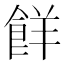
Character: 䬺